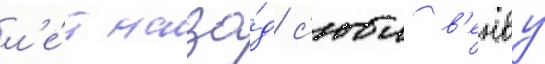
л'е́т наза́д с'юи в'енву